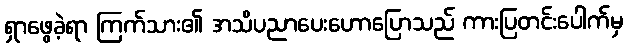
ရှာဖွေခဲ့ရာ ကြက်သား၏ အသိပညာပေးဟောပြောသည် ကားပြတင်းပေါက်မှ